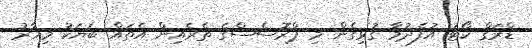
ޑްރަގް ކޯޓު އުފެދުމާ ގުޅިގެން މި ޕްރޮސެސްގެ ތެރެއިން އެތައް ބަޔަކު މިހާރު